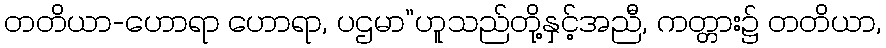
တတိယာ-ဟောရာ ဟောရာ, ပဌမာ”ဟူသည်တို့နှင့်အညီ, ကတ္တား၌ တတိယာ,